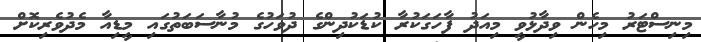
މިނިސްޓަރު މިހެން ވިދާޅުވީ މިއަދު ފާހަގަކުރާ ކުޑަކުދިންގެ ދުވަހުގެ މުނާސަބަތުގައި މީޑިއާ މެދުވެރިކޮށް